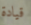
قيادة